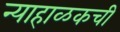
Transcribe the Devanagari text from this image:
न्याहाळकची